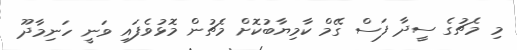
މި މެޗުގެ ސީދާ ފަސް ގޭމް ކާމިޔާބުކޮށް މެޗުން މޮޅުވެފައި ވަނީ ހަނިމާދޫ